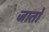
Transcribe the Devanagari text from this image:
जाताे